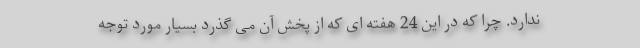
ندارد. چرا که در این 24 هفته ای که از پخش آن می گذرد بسیار مورد توجه